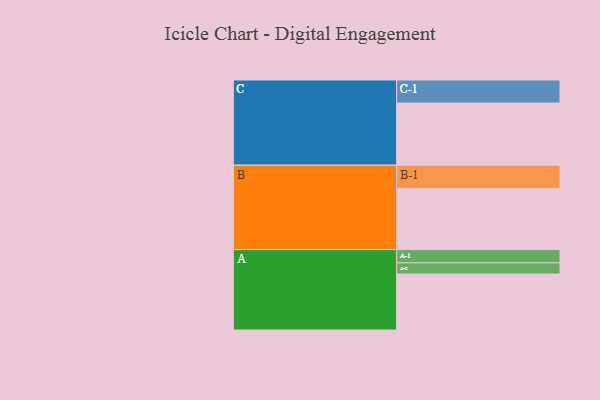
{"axis": {"x": "Segment", "y": "Value"}, "legend": ["", "A", "B", "C"], "data": [{"x": "A", "y": 537, "type": ""}, {"x": "B", "y": 586, "type": ""}, {"x": "C", "y": 596, "type": ""}, {"x": "A-1", "y": 127, "type": "A"}, {"x": "A-2", "y": 107, "type": "A"}, {"x": "B-1", "y": 223, "type": "B"}, {"x": "C-1", "y": 221, "type": "C"}]}